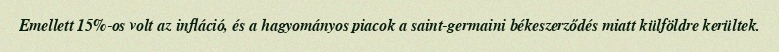
Emellett 15%-os volt az infláció, és a hagyományos piacok a saint-germaini békeszerződés miatt külföldre kerültek.